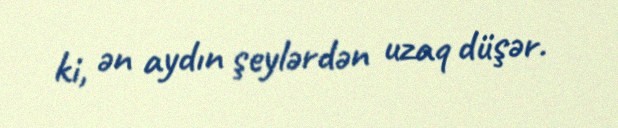
ki, ən aydın şeylərdən uzaq düşər.